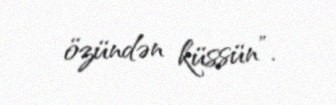
özündən küssün”.